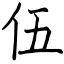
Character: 伍